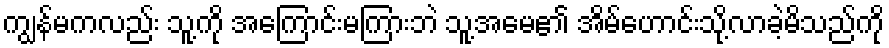
ကျွန်မကလည်း သူ့ကို အကြောင်းမကြားဘဲ သူ့အမေ၏ အိမ်ဟောင်းသို့လာခဲ့မိသည်ကို